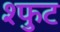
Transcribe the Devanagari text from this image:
श्फुट